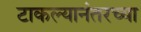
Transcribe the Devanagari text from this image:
टाकल्यानंतरच्या